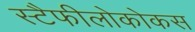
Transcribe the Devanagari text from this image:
स्टैफीलोकोकस